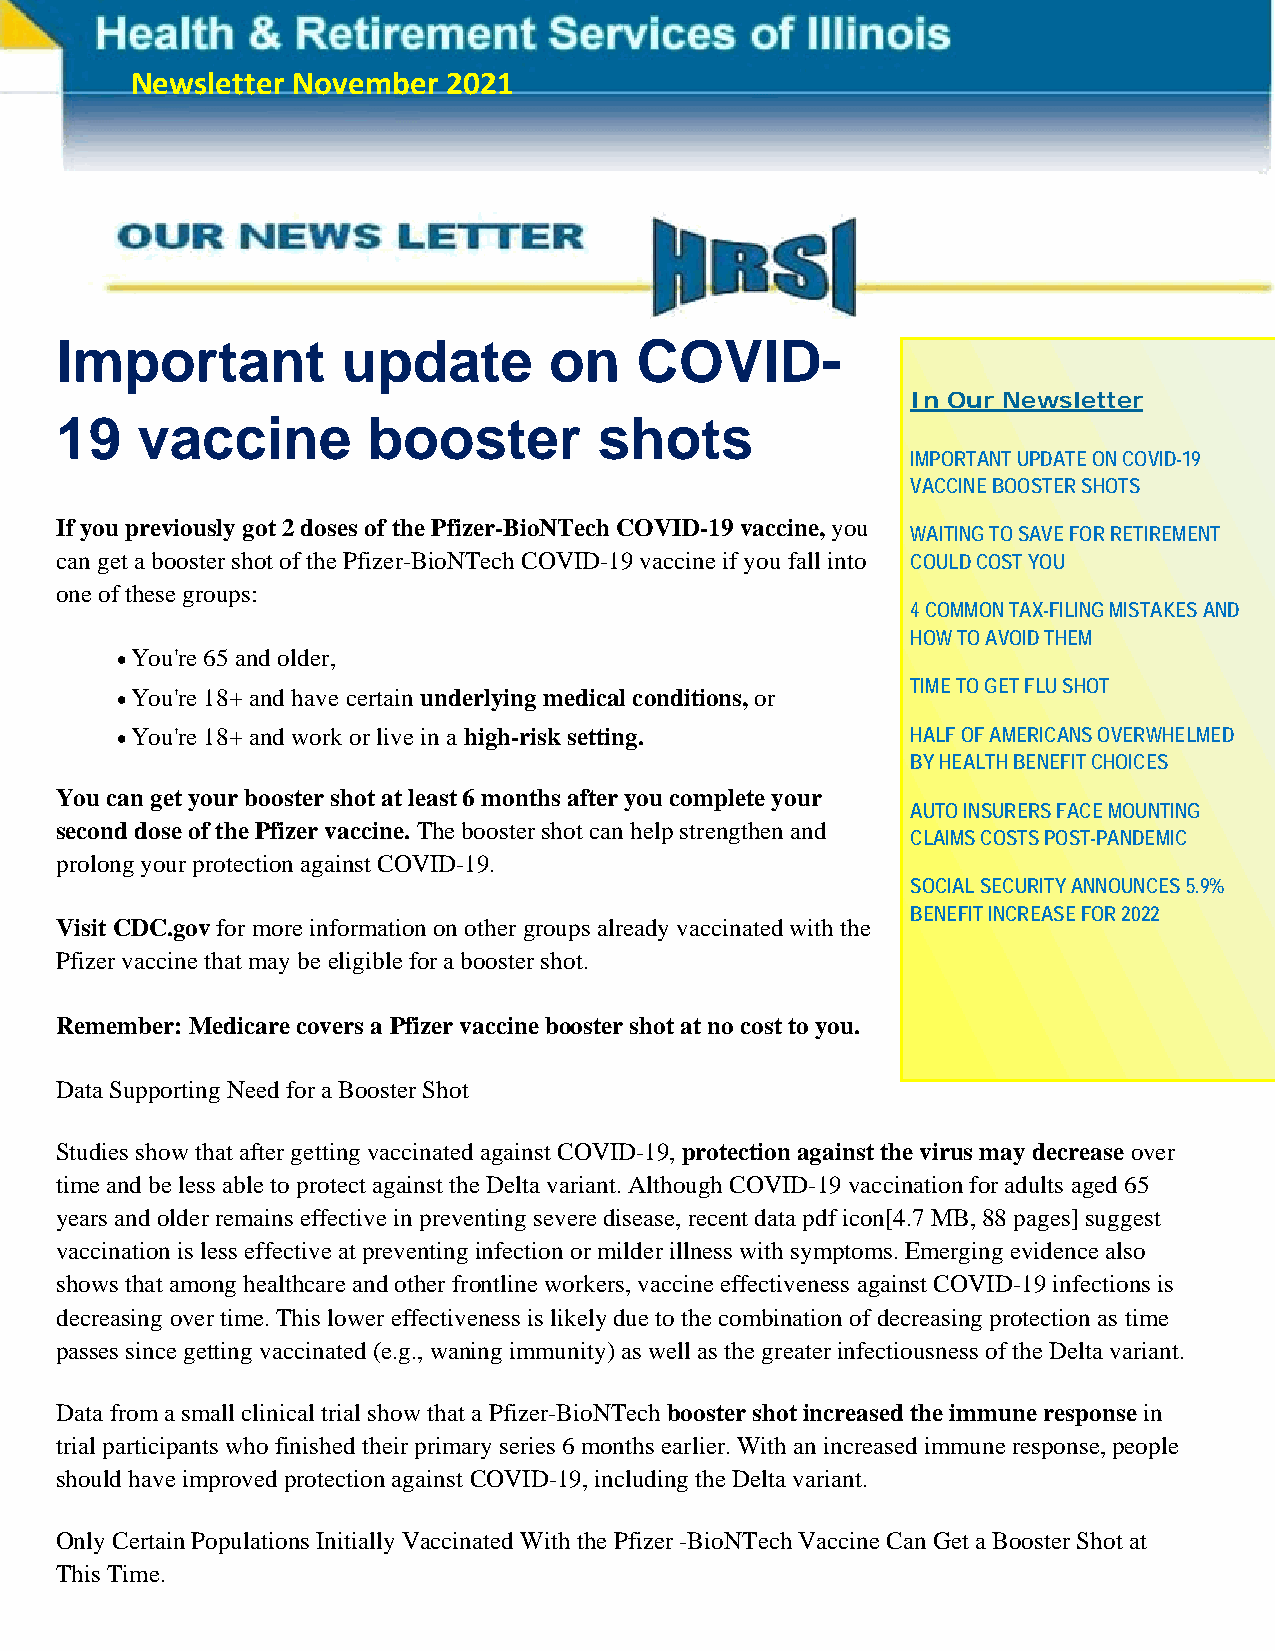
www.healthcareil.com                                             P a g e | 1
 Newsletter November  2021
 Important          update       on    COVID-
 In Our Newsletter
 19   vaccine        booster         shots
 IMPORTANT UPDATE ON COVID-19
 VACCINE BOOSTER SHOTS
 If you previously got 2 doses of the Pfizer-BioNTech COVID-19 vaccine, you
 WAITING TO SAVE FOR RETIREMENT
 can get a booster shot of the Pfizer-BioNTech COVID-19 vaccine if you fall into COULD COST YOU
 one of these groups:
 4 COMMON TAX-FILING MISTAKES AND
 HOW TO AVOID THEM
  You're 65 and older,
 TIME TO GET FLU SHOT
  You're 18+ and have certain underlying medical conditions, or
  You're 18+ and work or live in a high-risk setting. HALF OF AMERICANS OVERWHELMED
 BY HEALTH BENEFIT CHOICES
 You can get your booster shot at least 6 months after you complete your
 AUTO INSURERS FACE MOUNTING
 second dose of the Pfizer vaccine. The booster shot can help strengthen and
 CLAIMS COSTS POST-PANDEMIC
 prolong your protection against COVID-19.
 SOCIAL SECURITY ANNOUNCES 5.9%
 BENEFIT INCREASE FOR 2022
 Visit CDC.gov for more information on other groups already vaccinated with the
 Pfizer vaccine that may be eligible for a booster shot.
 Remember: Medicare covers a Pfizer vaccine booster shot at no cost to you.
 Data Supporting Need for a Booster Shot
 Studies show that after getting vaccinated against COVID-19, protection against the virus may decrease over
 time and be less able to protect against the Delta variant. Although COVID-19 vaccination for adults aged 65
 years and older remains effective in preventing severe disease, recent data pdf icon[4.7 MB, 88 pages] suggest
 vaccination is less effective at preventing infection or milder illness with symptoms. Emerging evidence also
 shows that among healthcare and other frontline workers, vaccine effectiveness against COVID-19 infections is
 decreasing over time. This lower effectiveness is likely due to the combination of decreasing protection as time
 passes since getting vaccinated (e.g., waning immunity) as well as the greater infectiousness of the Delta variant.
 Data from a small clinical trial show that a Pfizer-BioNTech booster shot increased the immune response in
 trial participants who finished their primary series 6 months earlier. With an increased immune response, people
 should have improved protection against COVID-19, including the Delta variant.
 Only Certain Populations Initially Vaccinated With the Pfizer -BioNTech Vaccine Can Get a Booster Shot at
 This Time.